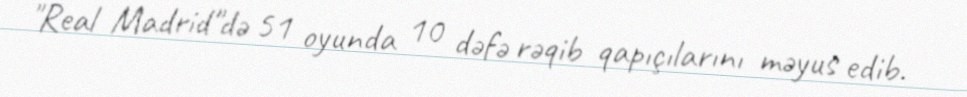
"Real Madrid"də 51 oyunda 10 dəfə rəqib qapıçılarını məyus edib.